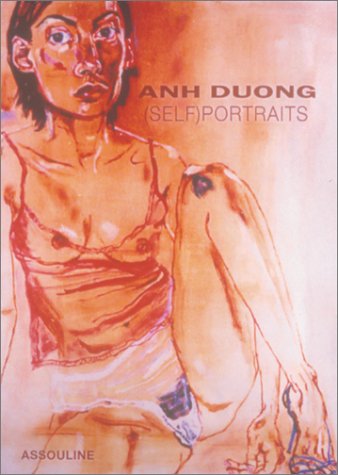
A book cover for Anh Duong (Self) Portraits; Anh Duong; Arts & Photography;